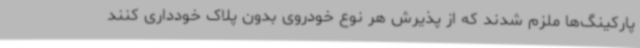
پارکینگ‌ها ملزم شدند که از پذیرش هر نوع خودروی بدون پلاک خودداری کنند